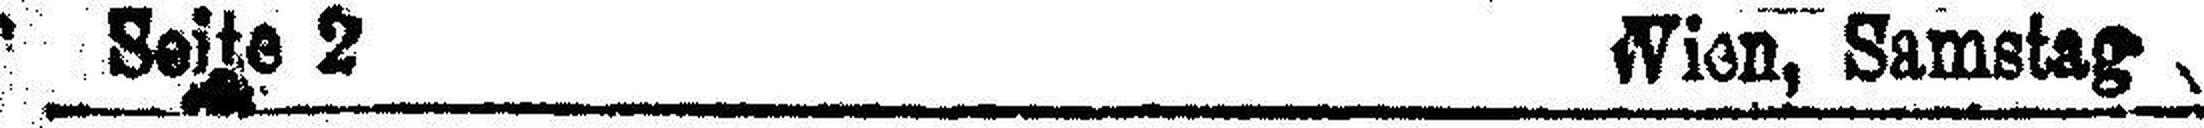
Seite 2